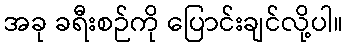
အခု ခရီးစဉ်ကို ပြောင်းချင်လို့ပါ။